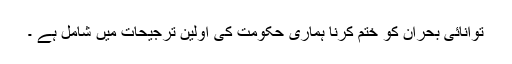
توانائی بحران کو ختم کرنا ہماری حکومت کی اولین ترجیحات میں شامل ہے ۔